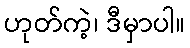
ဟုတ်ကဲ့၊ ဒီမှာပါ။